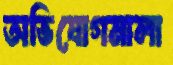
অভিযোগমালা